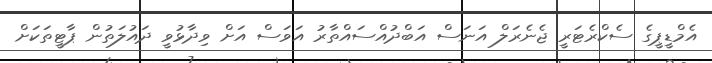
އެމްޑީޕީގެ ސެކްރެޓަރީ ޖެނެރަލް އަނަސް އަބްދުއްސައްތާރު އަވަސް އަށް ވިދާޅުވީ ދައުލަތުން ޕާޓީތަކަށް